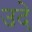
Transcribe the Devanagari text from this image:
उदे